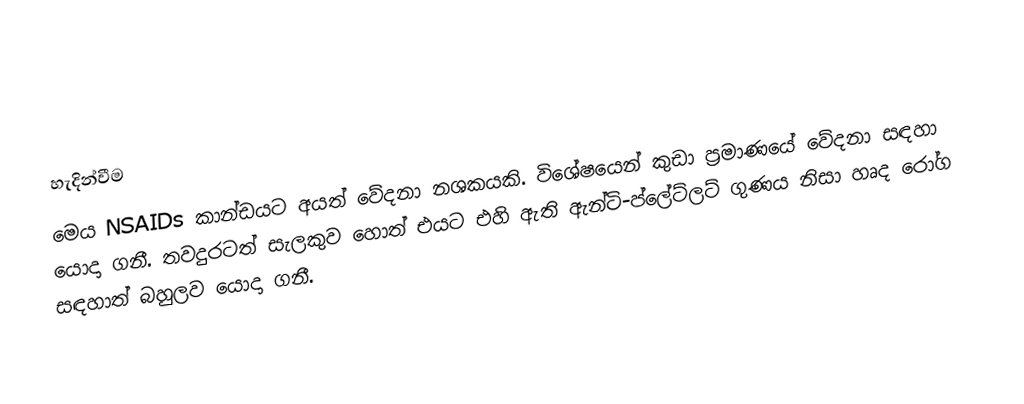

හැදින්වීම
මෙය NSAIDs කාන්ඩයට අයත් වේදනා නශකයකි. විශේෂයෙන් කුඩා ප්‍රමාණයේ වේදනා සඳහා යොදා ගනී. තවදුරටත් සැලකුව හොත් එයට එහි ඇති ඇන්ටි-ප්ලේට්ලට් ගුණය නිසා හෘද  රෝග සඳහාත්  බහුලව යොදා ගනී.